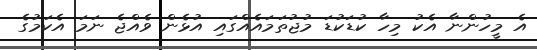
އެ މީހުންނާ އެކު މިހާ ކުޑަކުޑަ މުޖުތަމައެއްގައި އުޅެން ވެއްޖެ ނަމަ އެކަމުގެ